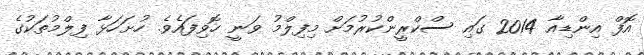
އޮފް އިންޑިއާ 2014 ގައި ސްކްރީންކުރުމަށް މިފިލްމު ވަނީ ހޮވިފައެވެ. ހުށަހަޅާ ފިލްމުތަކުގެ